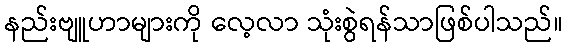
နည်းဗျူဟာများကို လေ့လာ သုံးစွဲရန်သာဖြစ်ပါသည်။